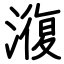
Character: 澓